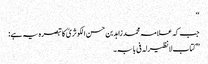
‘‘
جب کہ علامہ محمد زاہد بن حسن الکوثریؒ کا تبصرہ یہ ہے:
’’کتاب لانظیرلہ فی بابہ۔